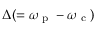
\Delta ( = \omega _ { \textrm { p } } - \omega _ { \textrm { c } } )